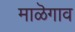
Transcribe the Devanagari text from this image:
माळॆगाव